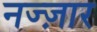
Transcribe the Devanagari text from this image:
नज्ज़ार